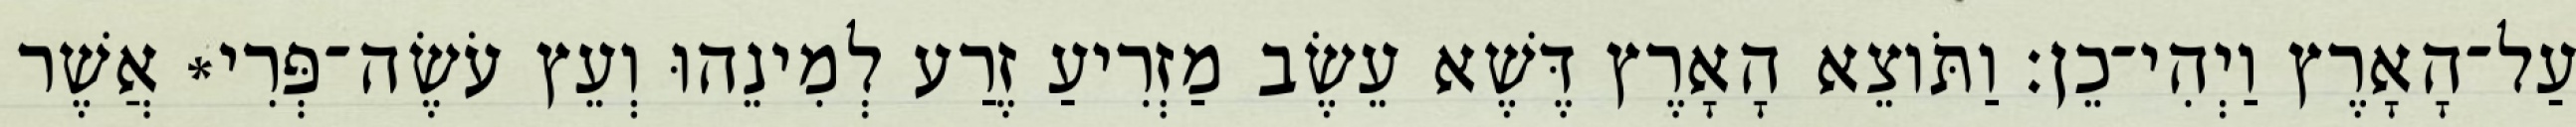
עַל־הָאָרֶץ וַיְהִי־כֵן׃ וַתֹּוצֵא הָאָרֶץ דֶּשֶׁא עֵשֶׂב מַזְרִיעַ זֶרַע לְמִינֵהוּ וְעֵץ עֹשֶׂה־פְּרִי* אֲשֶׁר